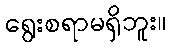
ရွေးစရာမရှိဘူး။